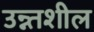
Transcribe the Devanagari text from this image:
उन्न्तशील